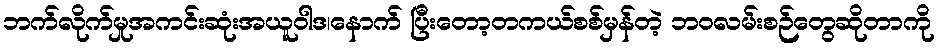
ဘက်လိုက်မှုအကင်းဆုံးအယူဝါဒ၊နောက် ပြီးတော့တကယ်စစ်မှန်တဲ့ ဘဝလမ်းစဉ်တွေဆိုတာကို